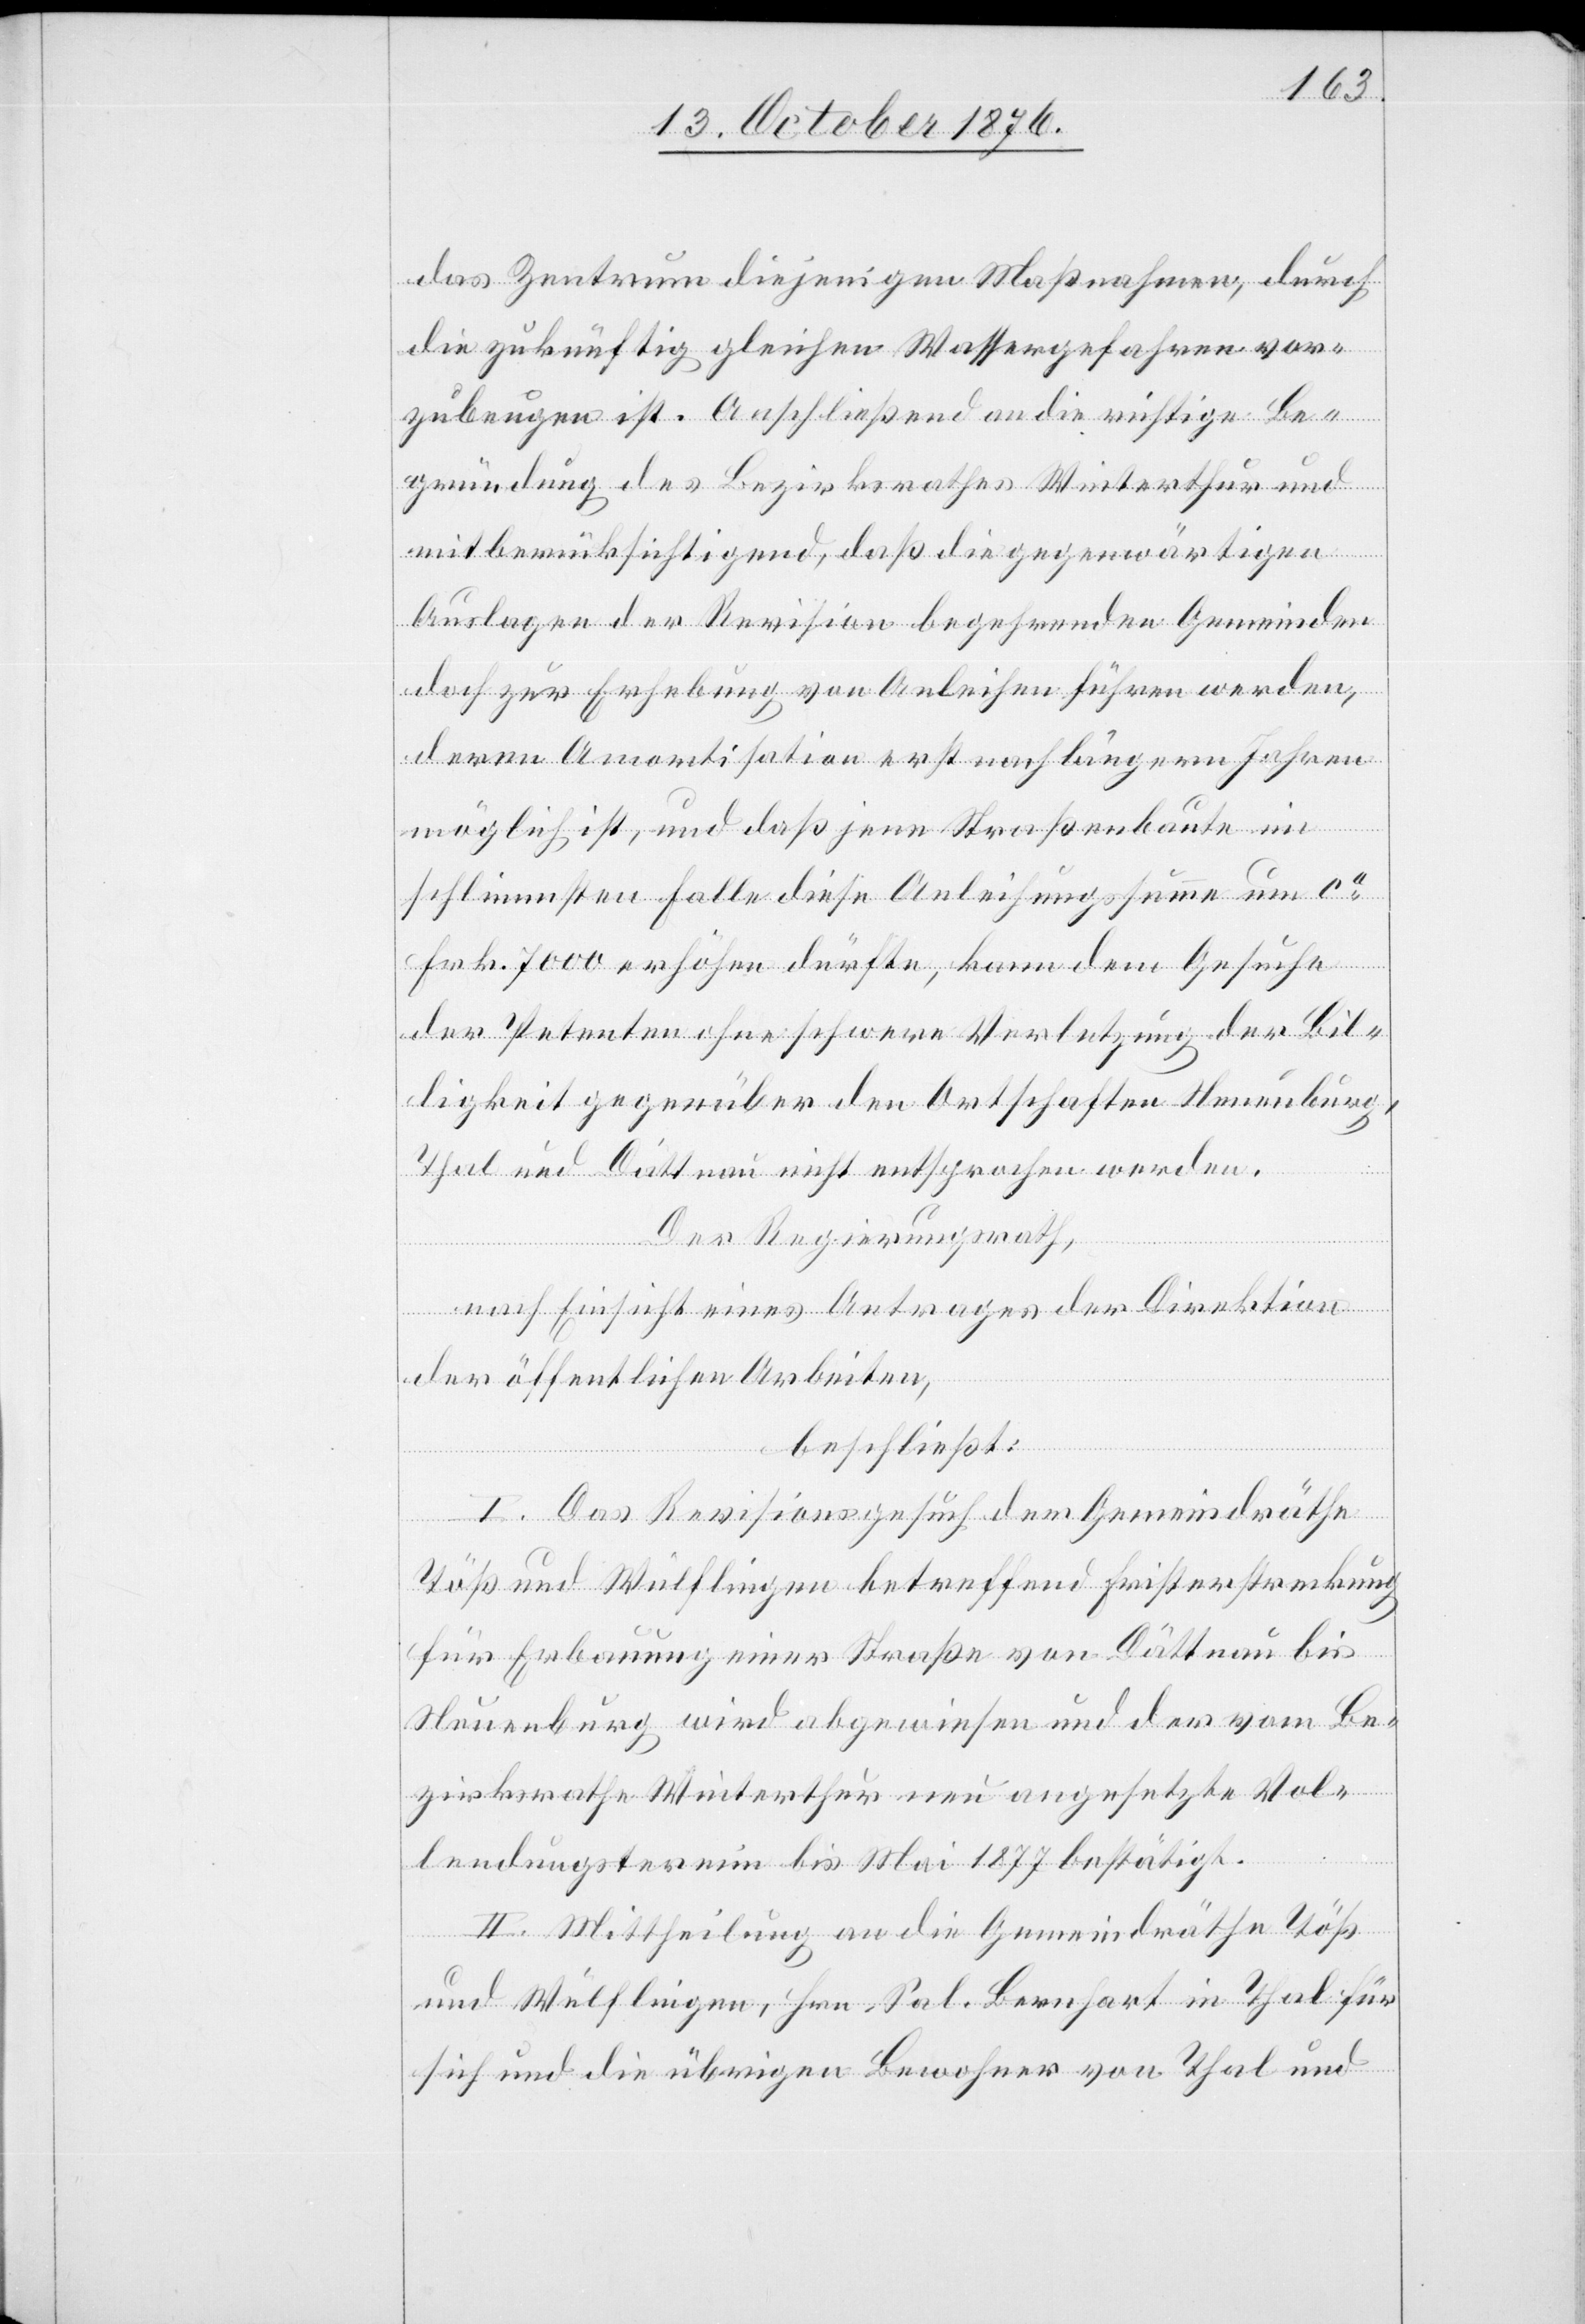
das Zentrum diejenigen Maßnahmen, durch
die zukünftig gleichen Wassergefahren vor¬
zubeugen ist. Anschließend an die richtige Be¬
gründung des Bezirksrathes Winterthur und
mitberücksichtigend, daß die gegenwärtigen
Auslagen der Revision begehrenden Gemeinden
doch zur Erhebung von Anleihen führen werden,
deren Amortisation erst nach längeren Jahren
möglich ist, und daß jene Straßenbaute im
schlimmsten Falle diese Anleihungssumme um ca
Frk. 7000 erhöhen dürfte, kann dem Gesuche
der Petenten ohne schwere Verletzung der Bil¬
ligkeit gegenüber den Ortschaften Neuenburg,
Thal und Dättnau nicht entsprochen werden.
Der Regierungsrath,
nach Einsicht eines Antrages der Direktion
der öffentlichen Arbeiten,
beschließt:
I. Das Revisionsgesuch der Gemeindräthe
Töß und Wülflingen betreffend Fristerstreckung
für Erbauung einer Straße von Dättnau bis
Neuenburg wird abgewiesen und der vom Be¬
zirksrathe Winterthur neu angesetzte Vol¬
lendungstermin bis Mai 1877 bestätigt.
II. Mittheilung an die Gemeindräthe Töß
und Wülflingen, Hrn. Sal. Bernhart in Thal für
sich und die übrigen Bewohner von Thal und